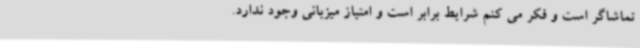
تماشاگر است و فکر می کنم شرایط برابر است و امتیاز میزبانی وجود ندارد.